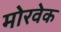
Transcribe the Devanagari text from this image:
मोरवेक